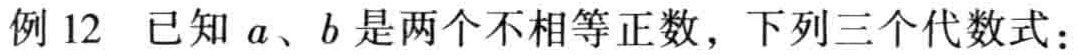
例12 已知\(a\)、\(b\)是两个不相等正数，下列三个代数式：